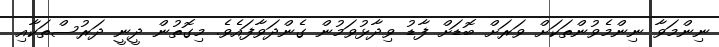
ނިންމަވާ ނިންމެވުންތަކަށް ވަރަށް ބޮޑަށް ފާޑު ވިދާޅުވަމުން ގެންދަވާފައެވެ. މިގޮތުން ދީނީ ދަރުސްތަކާއި